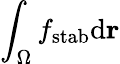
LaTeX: \int_{\Omega}f_{\mathrm{stab}}\mathrm{d}\mathbf{r}